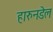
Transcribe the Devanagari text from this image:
हारुनडेल